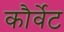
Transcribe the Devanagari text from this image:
कौर्वेट